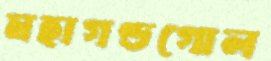
মহাগণ্ডগোল